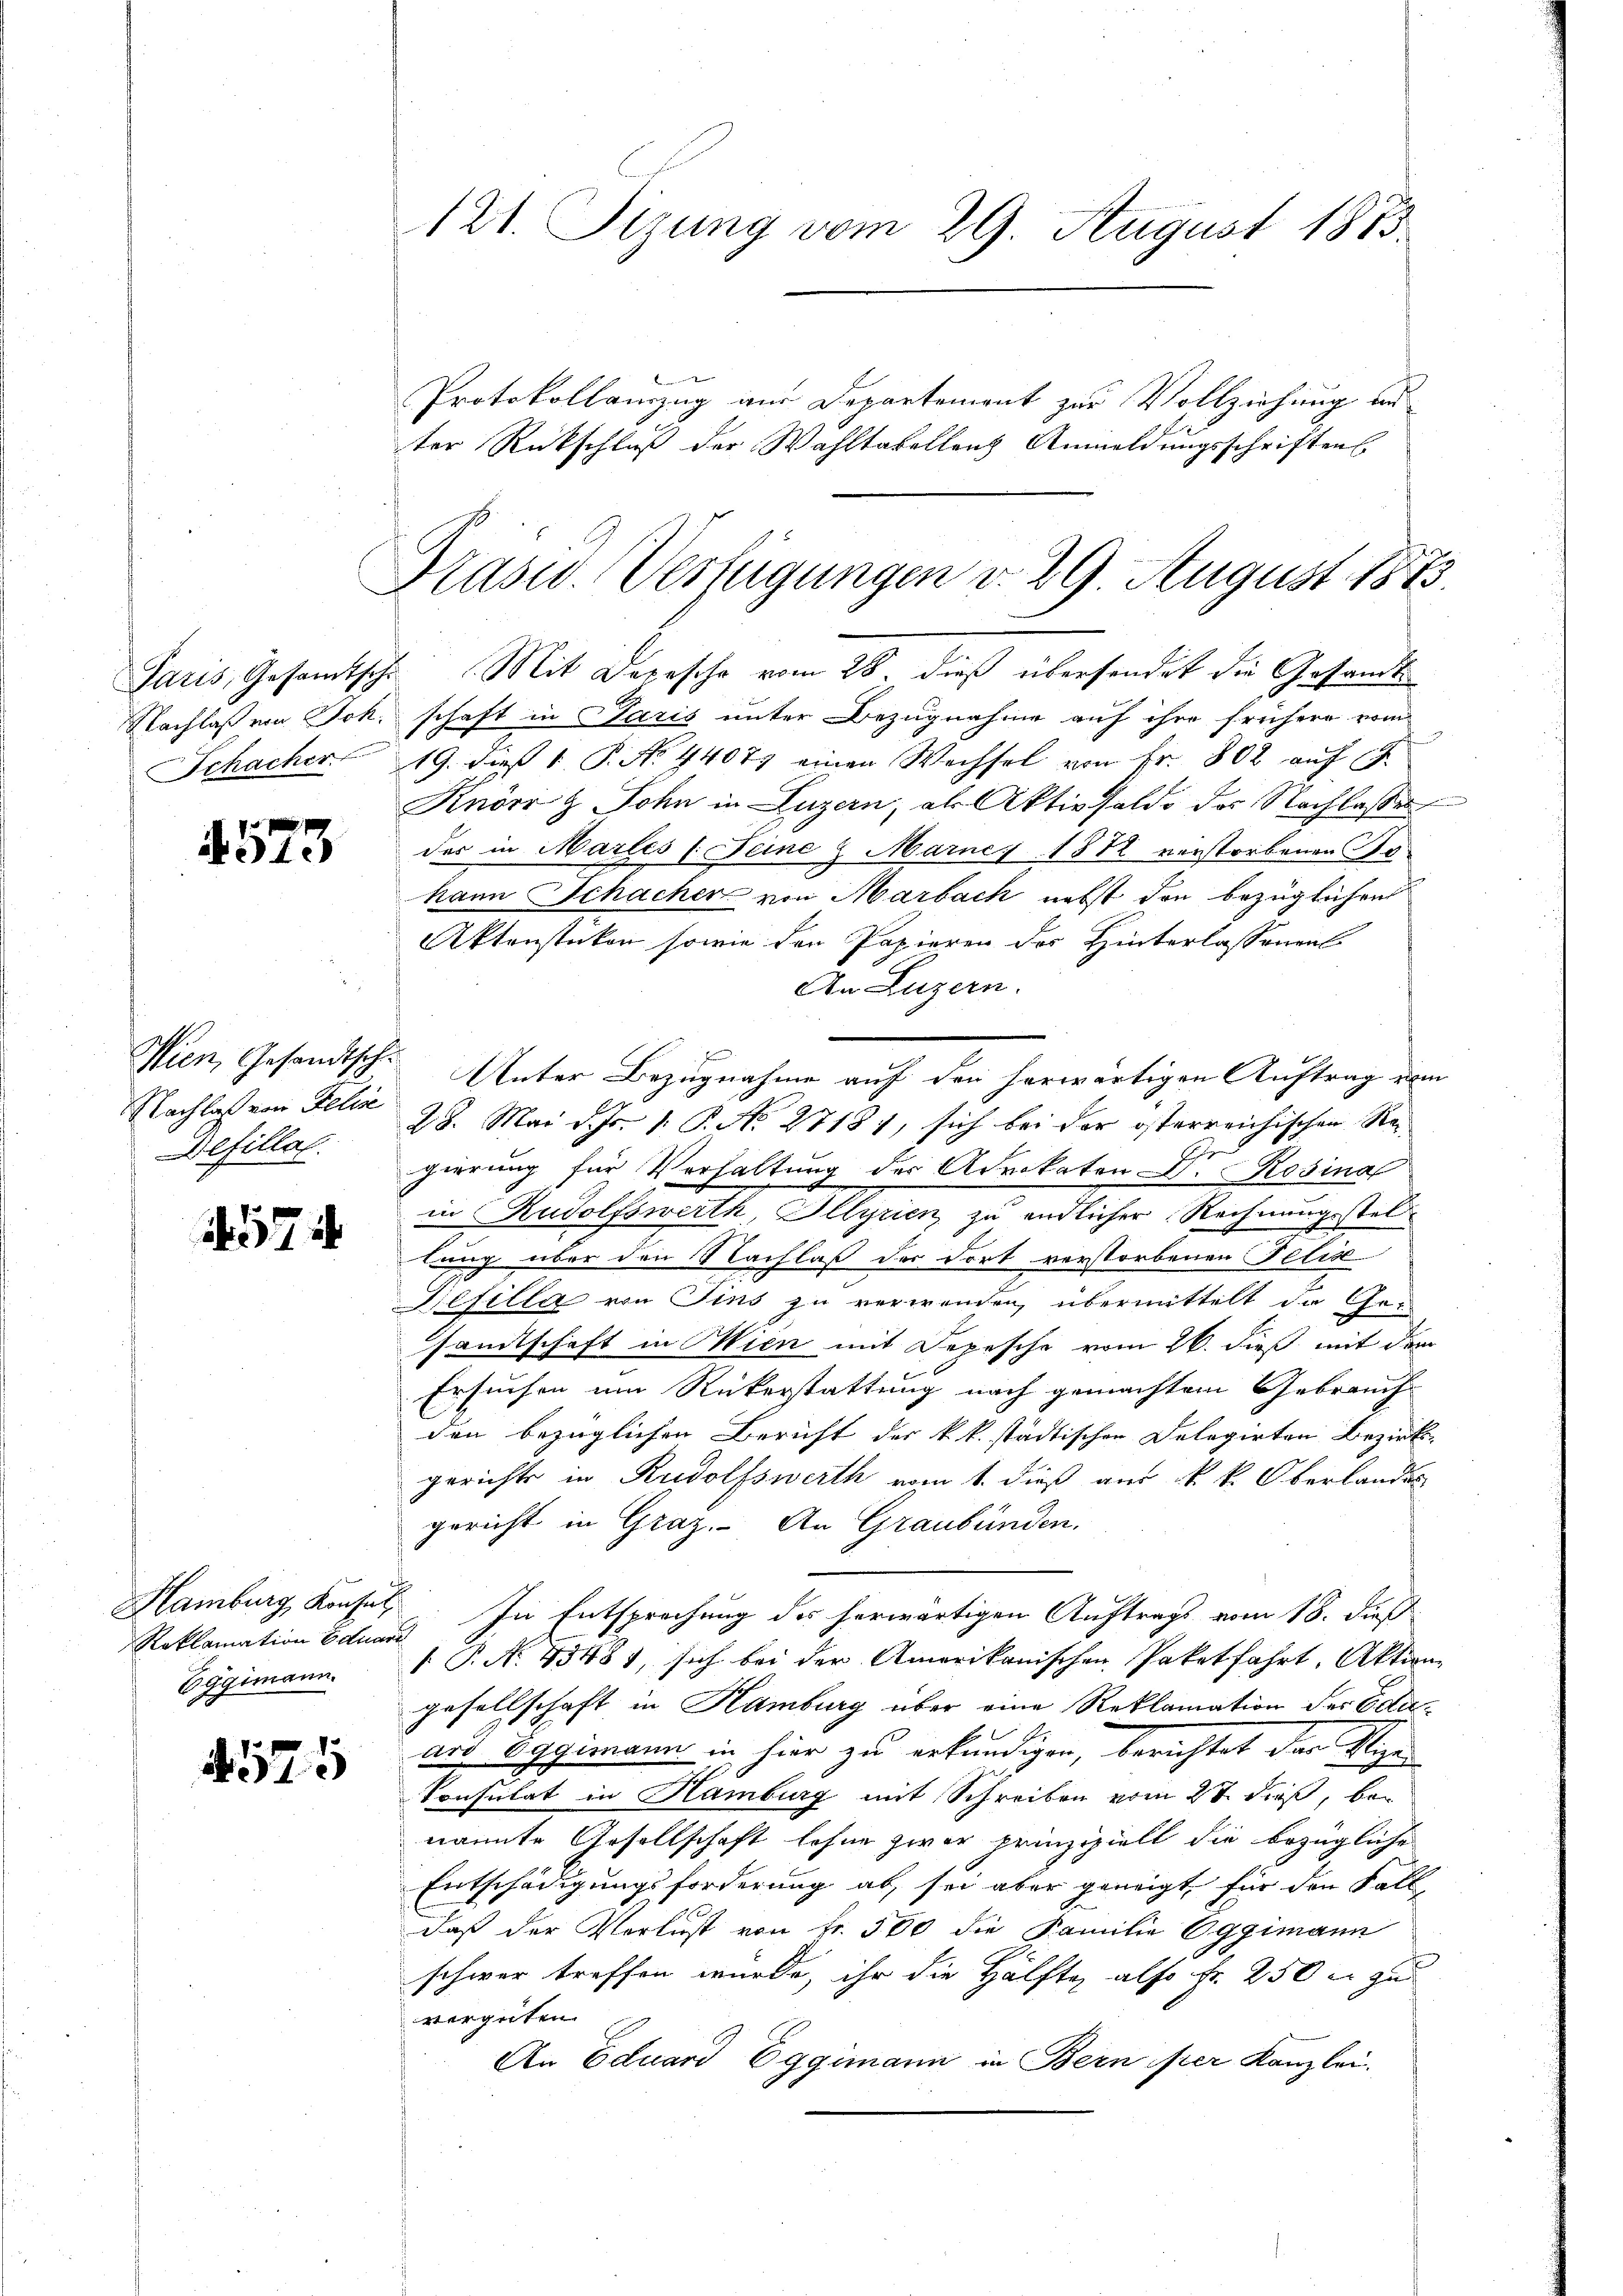
Paris, Gesamtsch
Nachlaß von Joh.
SSchacher

4573

Wien, Gesandtschi
Nachlaß von Gelie
Wefillal.

1574

Hamburg Konfel
Eggimann.

575

121. Sizung vom 29. August 1873.
Protokollamzug aus Departement zur Vollziehung an
ter Rückschluß der Wahltabellenz Anmeldungsschriftens

Präsid. Verfügungen v. 29. August 1883.

Mit Depesche vom 28. dieß übersendet die Gesamt
schaft in Paris unter Bezugnahme auf ihre frühere vom
19. dieß 1 P. N. 44077 einen Wechsel von Fr. 802 auf 17
Knör & Sohn in Luzern, als Aktivsaldo des Nachlasses
der in Martes (Seine 2 Marnes 1872 verstorbenen So
hann Schacher von Marback nebst den bezüglichen
Aktenstücken sowie den Papieren des Hinterlassenen
An Luzern.
Unter Bezugnahme auf den herwärtigen Auftrag vom
28. Mai d. Js. 1. P. No. 2718), sich bei der österreichischen Regierung für Verhaltung der Advokaten Dr. Rosina
in Rudolfswerth, Illyrien zu endlicher Rechnungsstellung über den Nachlaß der dort verstorbenen Felis
Defella von Fins zu verwenden, übermittelt die Gesandtschaft in Wien mit Depesche vom 26. dieß mit dem
Ersuchen um Rükerstattung nach gemachtem Gebrauch
den bezüglichen Bericht der k.k. städtischen Delegirten Bezirk
gerichts in Rudolfswerth vom 1. dieß aus k. k. Oberlandes
gericht in Graz. An Graubünden.
Reklamation Eduard In Entsprechung des herwärtigen Auftrags vom 18. dieß
 P. No. 45481, sich bei der Amerikanischen Paketfahrt, Aktion
gesellschaft in Hamburg über eine Reklamation der Eduard Eggimann in hier zu erkundigen, berichtet der Vize
Consulat in Hamburg mit Schreiben vom 27. dieß, bei
nannte Gesellschaft lohne zwar prinzipielt die bezügliche
Entschädigungsforderung ab, sei aber geneigt, für den Fall
daß der Verlust von Fr. 560 die Familie Oggimann
schwer treffen wurde, ihr die Hälfte also Fr. 250 er zu
vergüten.
An Eduard Eggimann in Bern fier Kanzlei.